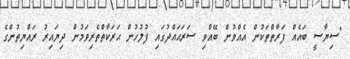
"ސިޔާސީ ބައެއް ފަރާތްތަކުން އެއްވުން ބޭއްވި ސަރަޙައްދުގައި ފުލުހުން ޙަރަކާތްތެރިވަމުން ދިޔައިރު ރައްޔިތުންގެ